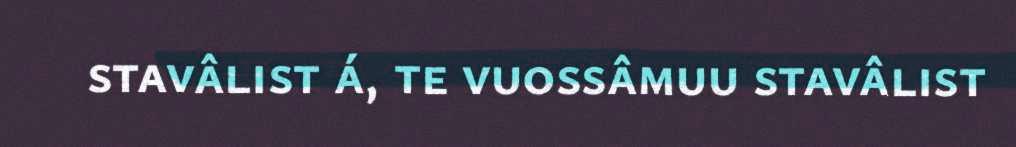
stavâlist á, te vuossâmuu stavâlist